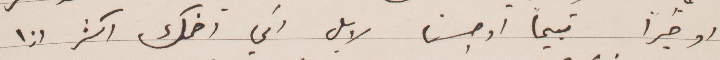
او خيرًأ قبحًا او حسن لا بل اني اضحك اكثر اذا